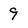
Character: 9